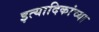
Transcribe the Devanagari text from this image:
इत्यादिकांच्या